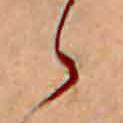
ゝ